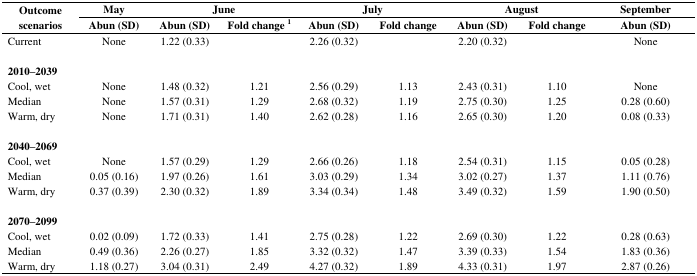
<table><thead><tr><td rowspan="2"><b>Outcome scenarios</b></td><td><b>May</b></td><td colspan="2"><b>June</b></td><td colspan="2"><b>July</b></td><td colspan="2"><b>August</b></td><td><b>September</b></td></tr><tr><td><b>Abun (SD)</b></td><td><b>Abun (SD)</b></td><td><b>Fold change <sup>1</sup></b></td><td><b>Abun (SD)</b></td><td><b>Fold change</b></td><td><b>Abun (SD)</b></td><td><b>Fold change</b></td><td><b>Abun (SD)</b></td></tr></thead><tbody><tr><td>Current</td><td>None</td><td>1.22 (0.33)</td><td></td><td>2.26 (0.32)</td><td></td><td>2.20 (0.32)</td><td></td><td>None</td></tr><tr><td><b>2010–2039</b></td><td></td><td></td><td></td><td></td><td></td><td></td><td></td><td></td></tr><tr><td>Cool, wet</td><td>None</td><td>1.48 (0.32)</td><td>1.21</td><td>2.56 (0.29)</td><td>1.13</td><td>2.43 (0.31)</td><td>1.10</td><td>None</td></tr><tr><td>Median</td><td>None</td><td>1.57 (0.31)</td><td>1.29</td><td>2.68 (0.32)</td><td>1.19</td><td>2.75 (0.30)</td><td>1.25</td><td>0.28 (0.60)</td></tr><tr><td>Warm, dry</td><td>None</td><td>1.71 (0.31)</td><td>1.40</td><td>2.62 (0.28)</td><td>1.16</td><td>2.65 (0.30)</td><td>1.20</td><td>0.08 (0.33)</td></tr><tr><td><b>2040–2069</b></td><td></td><td></td><td></td><td></td><td></td><td></td><td></td><td></td></tr><tr><td>Cool, wet</td><td>None</td><td>1.57 (0.29)</td><td>1.29</td><td>2.66 (0.26)</td><td>1.18</td><td>2.54 (0.31)</td><td>1.15</td><td>0.05 (0.28)</td></tr><tr><td>Median</td><td>0.05 (0.16)</td><td>1.97 (0.26)</td><td>1.61</td><td>3.03 (0.29)</td><td>1.34</td><td>3.02 (0.27)</td><td>1.37</td><td>1.11 (0.76)</td></tr><tr><td>Warm, dry</td><td>0.37 (0.39)</td><td>2.30 (0.32)</td><td>1.89</td><td>3.34 (0.34)</td><td>1.48</td><td>3.49 (0.32)</td><td>1.59</td><td>1.90 (0.50)</td></tr><tr><td><b>2070–2099</b></td><td></td><td></td><td></td><td></td><td></td><td></td><td></td><td></td></tr><tr><td>Cool, wet</td><td>0.02 (0.09)</td><td>1.72 (0.33)</td><td>1.41</td><td>2.75 (0.28)</td><td>1.22</td><td>2.69 (0.30)</td><td>1.22</td><td>0.28 (0.63)</td></tr><tr><td>Median</td><td>0.49 (0.36)</td><td>2.26 (0.27)</td><td>1.85</td><td>3.32 (0.32)</td><td>1.47</td><td>3.39 (0.33)</td><td>1.54</td><td>1.83 (0.36)</td></tr><tr><td>Warm, dry</td><td>1.18 (0.27)</td><td>3.04 (0.31)</td><td>2.49</td><td>4.27 (0.32)</td><td>1.89</td><td>4.33 (0.31)</td><td>1.97</td><td>2.87 (0.26)</td></tr></tbody></table>